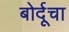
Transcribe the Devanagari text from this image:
बोर्दूचा